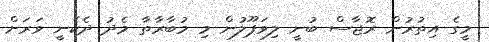
މީގެ އިތުރުން ރޮޖާސް ބުނީ ލިވަޕޫލުން މި މުބާރާތާ މެދު ދެކެނީ ވަރަށް